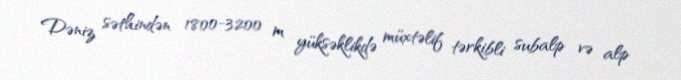
Dəniz səthindən 1800-3200 m yüksəklikdə müxtəlif tərkibli subalp və alp